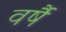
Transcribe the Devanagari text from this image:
वर्षै